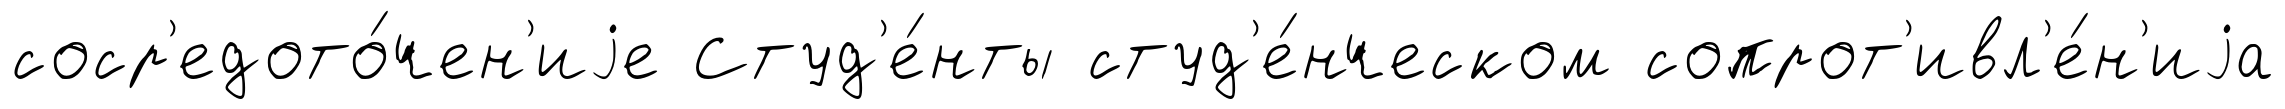
соср'едото́чен'иjе Студ'е́нты студ'е́нческом сопрот'ивл'е́н'иjа